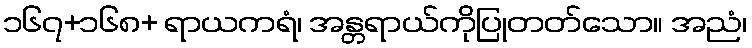
၁၆၇+၁၆၈+ ရာယကရံ၊ အန္တရာယ်ကိုပြုတတ်သော။ အညံ၊